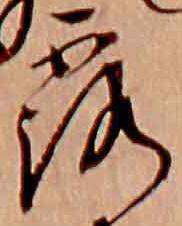
露